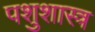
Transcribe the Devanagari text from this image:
पशुशास्त्र